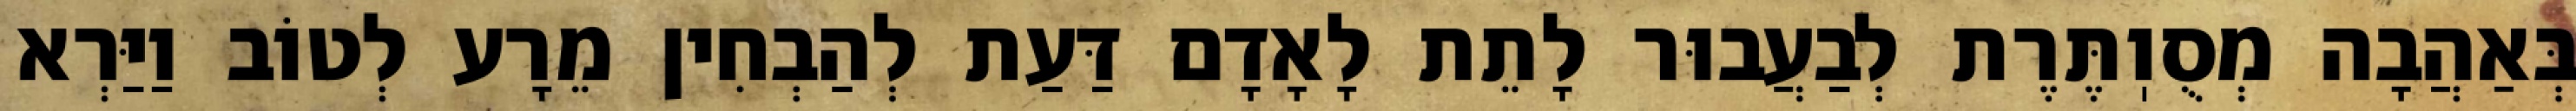
בְּאַהֲבָה מְסֻוֽתֶּרֶת לְבַעֲבוּר לָתֵת לָאָדָם דַּעַת לְהַבְחִין מֵרָע לְטוֹב וַיַּרְא